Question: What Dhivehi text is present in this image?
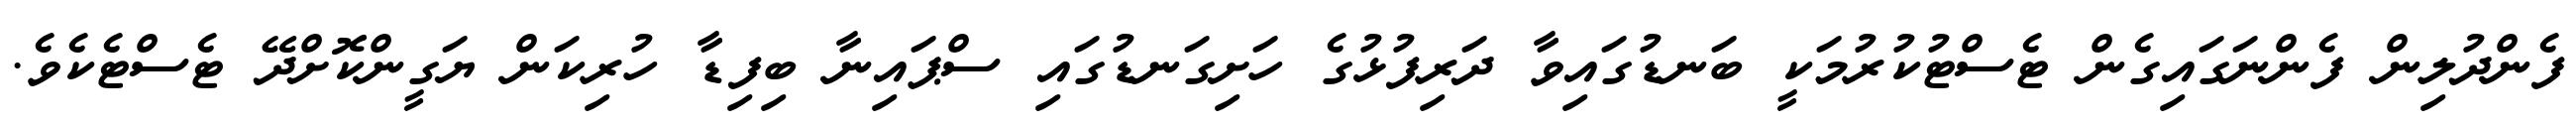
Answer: ފެންދުލިން ފެންނަގައިގެން ޓެސްޓުކުރުމަކީ ބަނޑުގައިވާ ދަރިފުޅުގެ ހަށިގަނޑުގައި ސްޕައިނާ ބިފިޑާ ހުރިކަން ޔަގީންކޮށްދޭ ޓެސްޓެކެވެ.